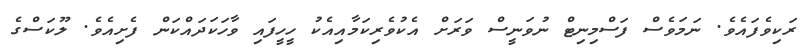
ރަކިވެފައެވެ. ނަމަވެސް ފަސްމިނިޓް ނުވަނީސް ވަރަށް އެކުވެރިކަމާއިއެކު ހީހީފައި ވާހަކަދައްކަން ފެށިއެވެ. ލޫކަސްގެ